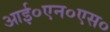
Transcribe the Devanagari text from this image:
आई०एन०एस०